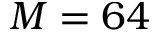
M = 6 4